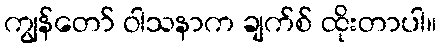
ကျွန်တော် ဝါသနာက ချက်စ် ထိုးတာပါ။